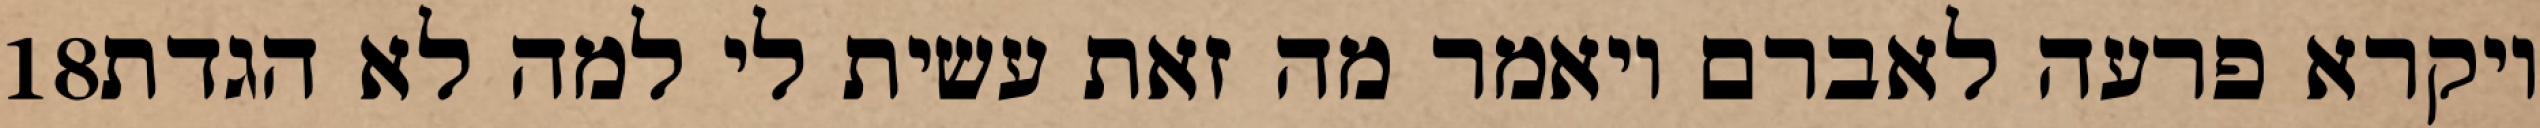
‎18‏ ויקרא פרעה לאברם ויאמר מה זאת עשית לי למה לא הגדת